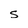
Character: s